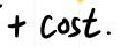
$+ \cos t.$